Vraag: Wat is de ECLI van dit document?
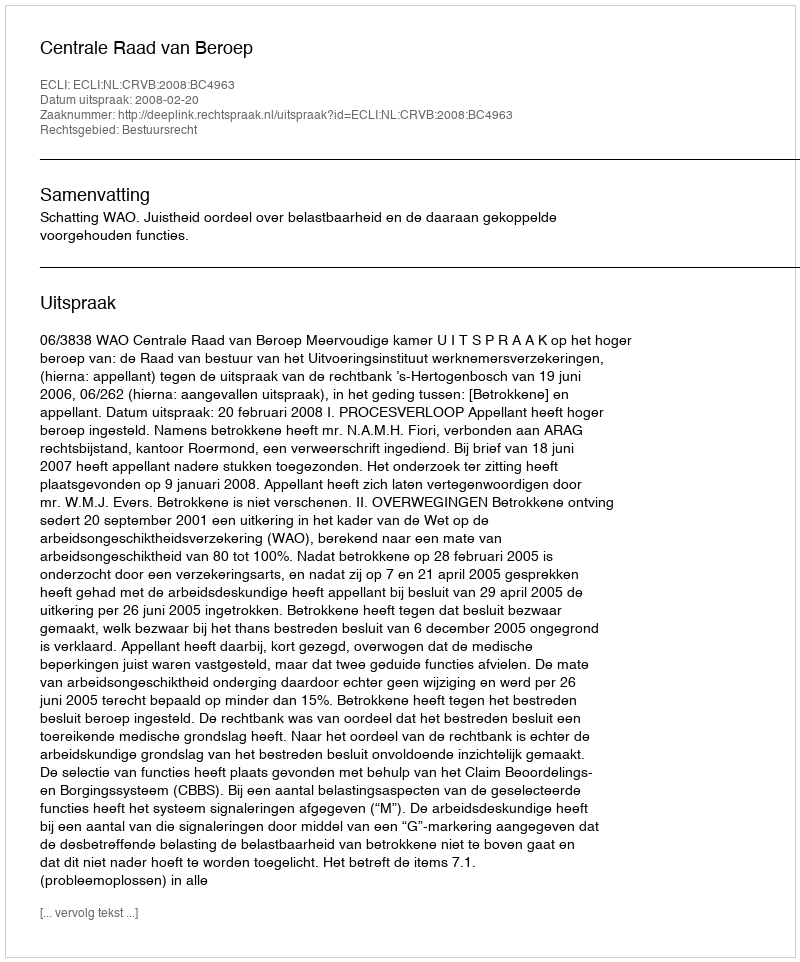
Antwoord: ECLI:NL:CRVB:2008:BC4963